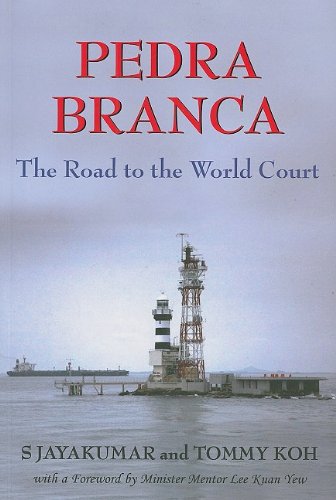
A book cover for Pedra Branca: The Road to the World Court; S. Jayakumar; Business & Money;